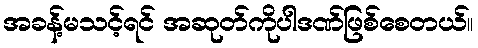
အခန့်မသင့်ရင် အဆုတ်ကိုပါဒဏ်ဖြစ်စေတယ်။